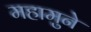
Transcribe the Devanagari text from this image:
महामुने